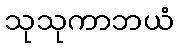
သုသုကာဘယံ